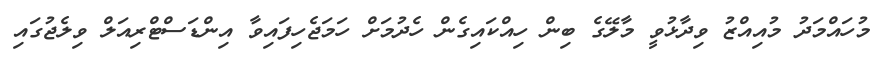
މުހައްމަދު މުއިއްޒު ވިދާޅުވީ މާލޭގެ ބިން ހިއްކައިގެން ހެދުމަށް ހަމަޖެހިފައިވާ އިންޑަސްޓްރިއަލް ވިލެޖުގައި